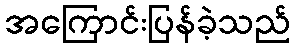
အကြောင်းပြန်ခဲ့သည်